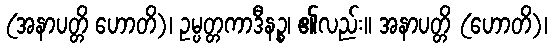
(အနာပတ္တိ ဟောတိ)၊ ဥမ္ပတ္တကာဒီနဉ္စ၊ ၏လည်း။ အနာပတ္တိ (ဟောတိ)၊